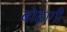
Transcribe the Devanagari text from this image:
बोहागी